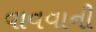
વાવવાની